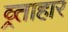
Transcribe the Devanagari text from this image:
व्र्ताहार